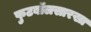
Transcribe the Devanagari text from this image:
फुटबॉलसारखा